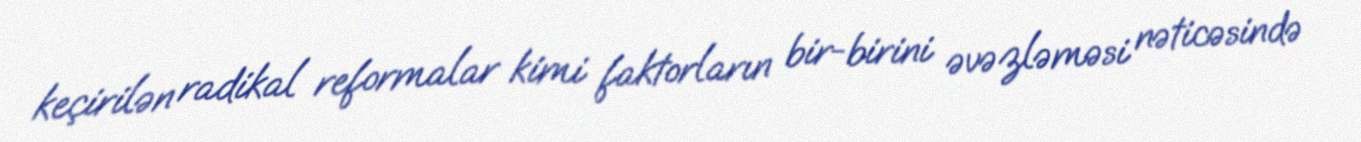
keçirilən radikal reformalar kimi faktorların bir-birini əvəzləməsi nəticəsində